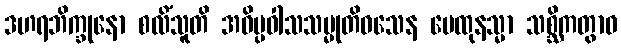
ဒဟရဘိက္ခုနော စလိံသူတိ အဝိပ္ပဝါသသမ္မုတိဝသေန မေထုနသ္မာ သစ္ဆိကတွာဝ